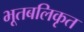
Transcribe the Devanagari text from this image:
भूतबलिकृत